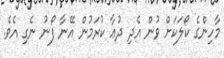
މާހިންގެ ކޯލަކަށް ވުން އެދި ދުޢާ ކުރަމުން އޭނާ ފޯނު ނެގި އެވެ.